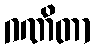
ဂဏိတာ